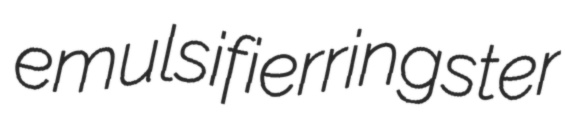
emulsifier ringster